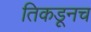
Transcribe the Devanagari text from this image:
तिकडूनच